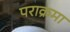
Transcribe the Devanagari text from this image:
पराक्रमा